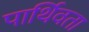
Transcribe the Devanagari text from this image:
पार्थिवता